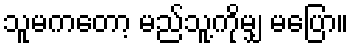
သူမကတော့ မည်သူ့ကိုမျှ မပြော။